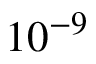
1 0 ^ { - 9 }